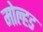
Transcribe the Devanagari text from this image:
मोल्हड